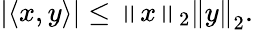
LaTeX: \left|\langle x,y\rangle\right|\leq\left\| x\right\| _{2}\left\| y\right\| _{2}.